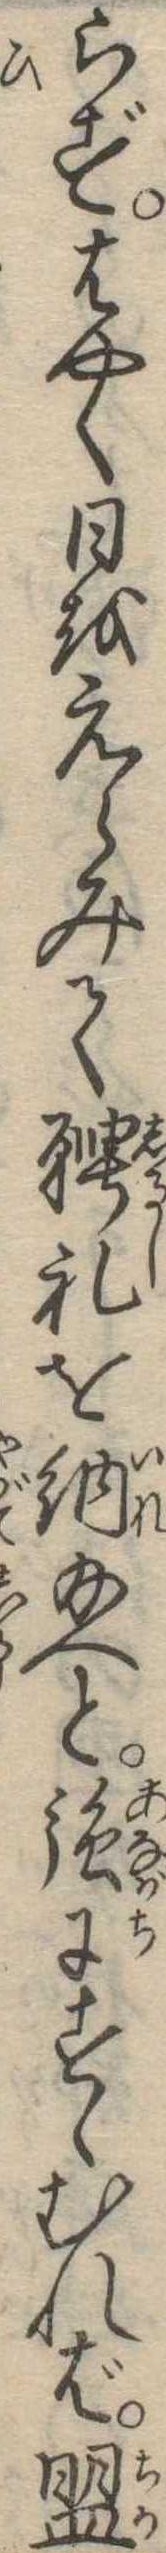
らずはやく日をえらみて聘礼を納給へと強にすゝむれば盟